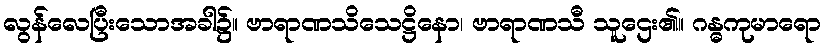
လွန်လေပြီးသောအခါ၌။ ဗာရာဏသိသေဋ္ဌိနော၊ ဗာရာဏသီ သူဌေး၏။ ဂန္ဓကုမာရော